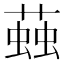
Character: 𧏊